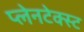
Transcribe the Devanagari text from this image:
प्लेनटेक्स्ट